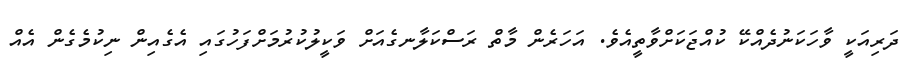
ދަރިއަކީ ވާހަކަނުދެއްކޭ ކުއްޖަކަށްވާތީއެވެ. އަހަރެން މާތް ރަސްކަލާނގެއަށް ވަކީލުކުރުމަށްފަހުގައި އެގެއިން ނިކުމެގެން އެއް